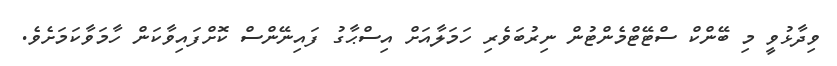
ވިދާޅުވީ މި ބޭންކް ސްޓޭޓްމެންޓުން ނިރުބަވެރި ހަމަލާއަށް އިސްޙާގު ފައިނޭންސް ކޮށްފައިވާކަން ހާމަވާކަމަށެވެ.